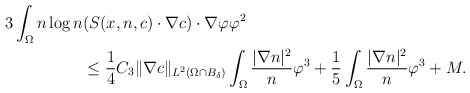
\begin{align*}\begin{aligned}3\int_{\Omega}n\log n & ( S(x,n,c) \cdot \nabla c ) \cdot\nabla \varphi \varphi^{2}\\&\le \frac{1}{4}C_{3} \|\nabla c\|_{L^{2}(\Omega\cap B_{\delta})} \int_{\Omega} \frac{|\nabla n|^{2}}{n}\varphi^{3}+\frac{1}{5}\int_{\Omega} \frac{|\nabla n|^{2}}{n}\varphi^{3}+M.\end{aligned}\end{align*}